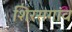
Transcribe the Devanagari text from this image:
शिरसगांव